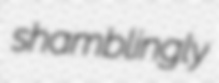
shamblingly